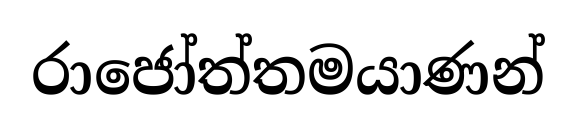
රාජෝත්තමයාණන්